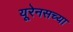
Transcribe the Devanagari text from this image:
यूरेनसच्या